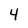
Character: 4